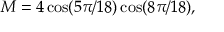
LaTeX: { \cal M } = 4 \cos ( 5 \pi / 1 8 ) \cos ( 8 \pi / 1 8 ) ,